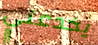
يخدعني